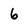
Character: 6